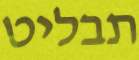
תבליט